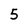
Character: 5